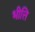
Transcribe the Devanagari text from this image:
भीत्ति